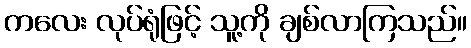
ကလေး လုပ်ရုံဖြင့် သူ့ကို ချစ်လာကြသည်။